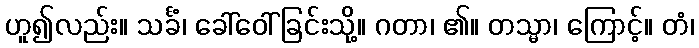
ဟူ၍လည်း။ သင်္ခံ၊ ခေါ်ဝေါ်ခြင်းသို့။ ဂတာ၊ ၏။ တသ္မာ၊ ကြောင့်။ တံ၊